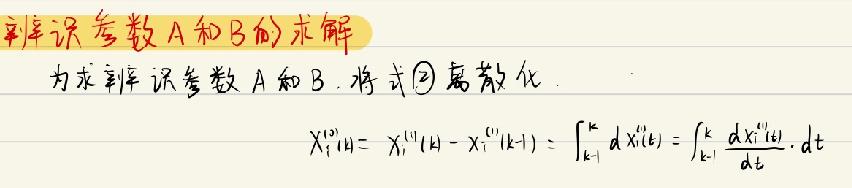
辨率识参数 A 和 B 的求解
为求辨率识参数 A 和 B. 将式\textcircled{2}离散化.
\[
X_{i}^{(1)}(k)=X_{i}^{(1)}(k)-X_{i}^{(1)}(k - 1)=\int_{k - 1}^{k}dX_{i}^{(1)}(t)=\int_{k - 1}^{k}\frac{dX_{i}^{(1)}(t)}{dt}\cdot dt
\]